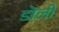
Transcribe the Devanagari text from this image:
डॊली